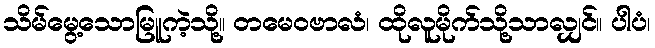
သိမ်မွေ့သောမြူကဲ့သို့။ တမေဝဗာလံ၊ ထိုလူမိုက်သို့သာလျှင်။ ပါပံ၊